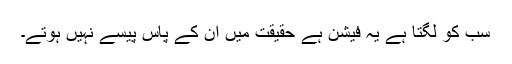
سب کو لگتا ہے یہ فیشن ہے حقیقت میں ان کے پاس پیسے نہیں ہوتے۔